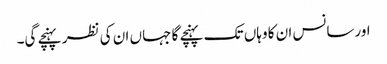
اورسانس ان کا وہاں تک پہنچے گا جہاں ان کی نظر پہنچے گی۔